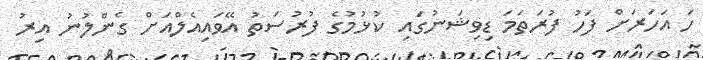
ހަ އަހަރަށް ފަހު ފުރަތަމަ ޑިވިޝަނުގައި ކުޅުމުގެ ފުރުސަތު އޭވައިއެލްއަށް ގެންލުނު އިރު